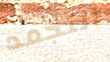
التجمد